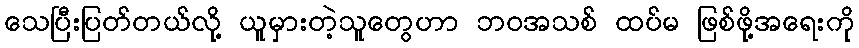
သေပြီးပြတ်တယ်လို့ ယူမှားတဲ့သူတွေဟာ ဘဝအသစ် ထပ်မ ဖြစ်ဖို့အရေးကို